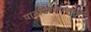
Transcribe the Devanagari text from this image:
पाठविण्यासंबधीचे